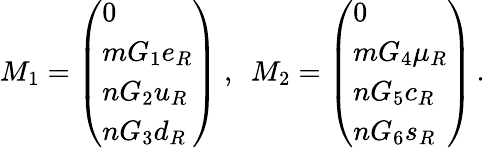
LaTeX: M_{1}=\left(\begin{array}{l}{{0}}\\ {{mG_{1}e_{R}}}\\ {{nG_{2}u_{R}}}\\ {{nG_{3}d_{R}}}\end{array}\right)~,~~M_{2}=\left(\begin{array}{l}{{0}}\\ {{mG_{4}\mu_{R}}}\\ {{nG_{5}c_{R}}}\\ {{nG_{6}s_{R}}}\end{array}\right)\, .